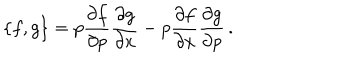
{ \{ f , g \} } = p \frac { \partial f } { \partial p } \frac { \partial g } { \partial x } - p \frac { \partial f } { \partial x } \frac { \partial g } { \partial p } \, .